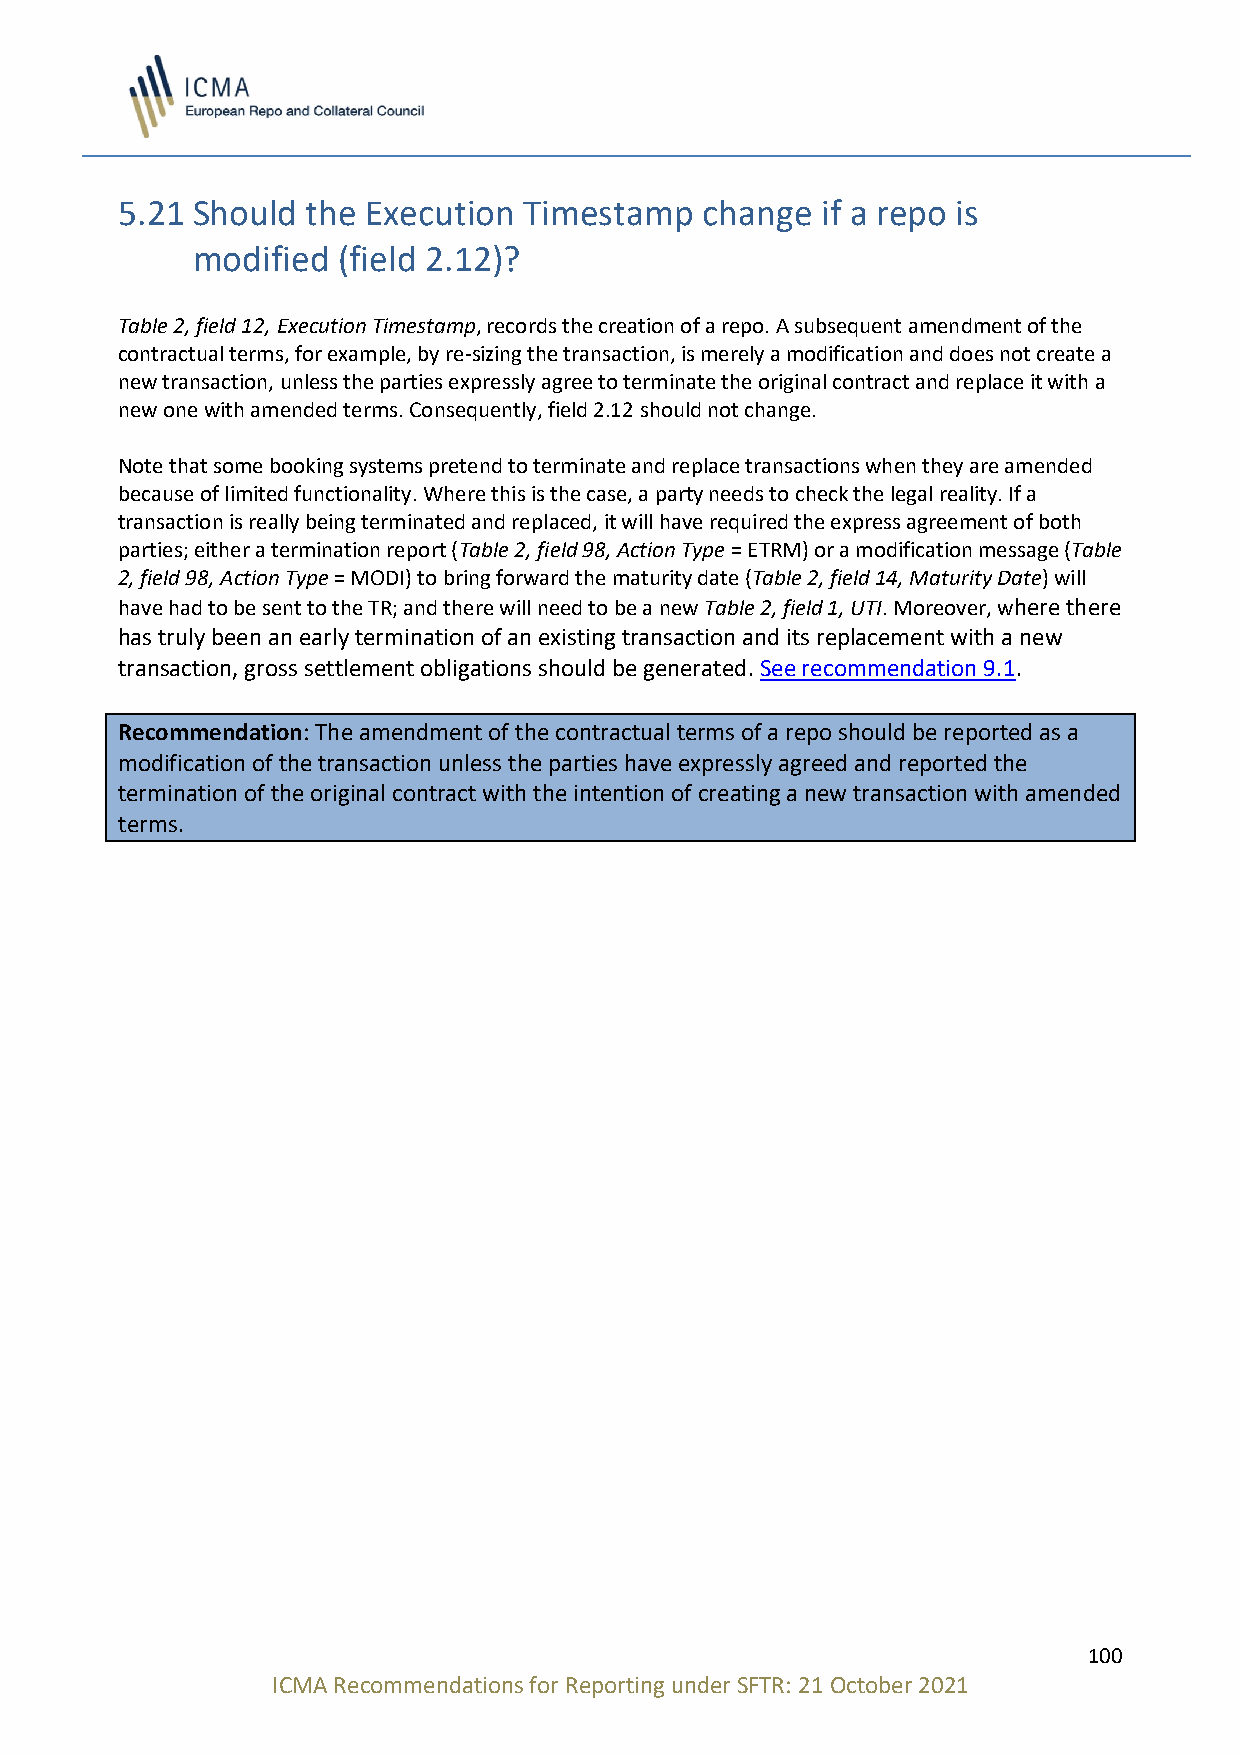
5.21 Should the Execution  Timestamp  change  if a repo is
 modified (field 2.12)?
 Table 2, field 12, Execution Timestamp, records the creation of a repo. A subsequent amendment of the
 contractual terms, for example, by re-sizing the transaction, is merely a modification and does not create a
 new transaction, unless the parties expressly agree to terminate the original contract and replace it with a
 new one with amended terms. Consequently, field 2.12 should not change.
 Note that some booking systems pretend to terminate and replace transactions when they are amended
 because of limited functionality. Where this is the case, a party needs to check the legal reality. If a
 transaction is really being terminated and replaced, it will have required the express agreement of both
 parties; either a termination report (Table 2, field 98, Action Type = ETRM) or a modification message (Table
 2, field 98, Action Type = MODI) to bring forward the maturity date (Table 2, field 14, Maturity Date) will
 have had to be sent to the TR; and there will need to be a new Table 2, field 1, UTI. Moreover, where there
 has truly been an early termination of an existing transaction and its replacement with a new
 transaction, gross settlement obligations should be generated. See recommendation 9.1.
 Recommendation: The amendment of the contractual terms of a repo should be reported as a
 modification of the transaction unless the parties have expressly agreed and reported the
 termination of the original contract with the intention of creating a new transaction with amended
 terms.
 100
 ICMA Recommendations for Reporting under SFTR: 21 October 2021